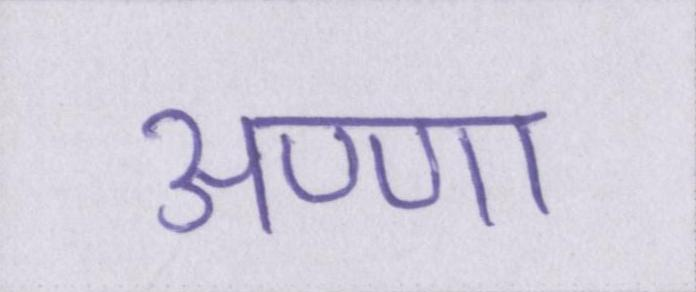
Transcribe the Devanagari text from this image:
अण्णा